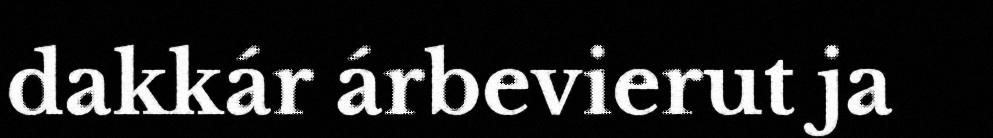
dakkár árbevierut ja